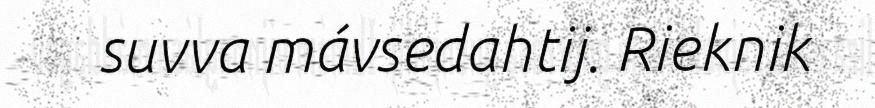
suvva mávsedahtij. Rieknik